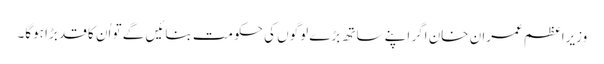
وزیراعظم عمران خان اگر اپنے ساتھ بڑے لوگوں کی حکومت بنائیں گے تو اُن کا قد بڑا ہوگا۔